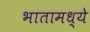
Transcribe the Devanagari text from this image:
भातामध्ये